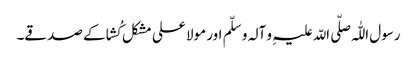
رسول اللّٰہ صلّی اللّہ علیہِ و آلہ و سلّم اور مولا علی مشکل کُشا کے صدقے۔